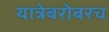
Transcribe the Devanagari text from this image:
यात्रेबरोबरच